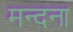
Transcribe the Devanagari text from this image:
मन्दना